Leaving Certificate Examination, 1909
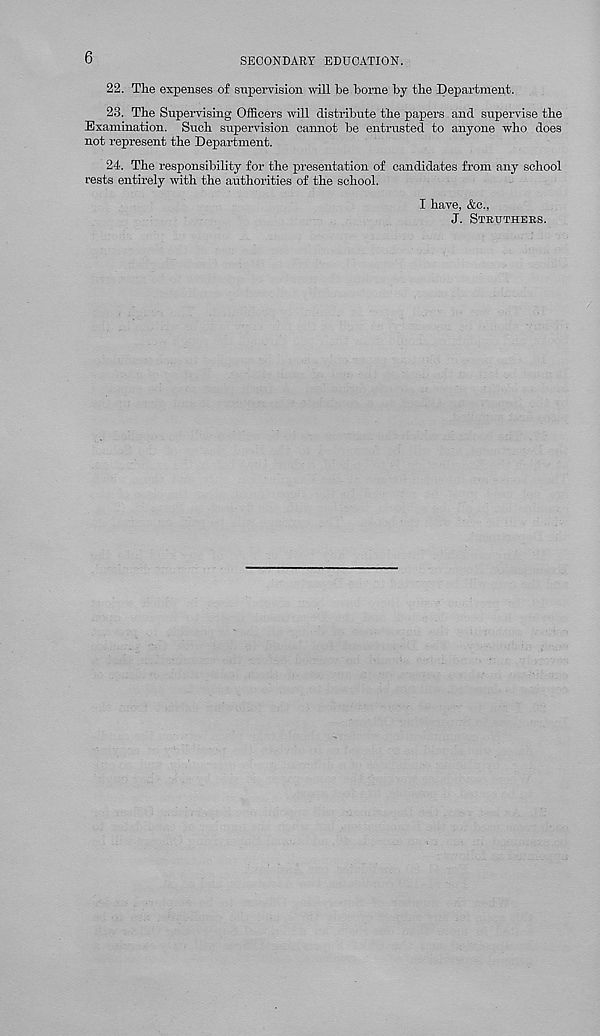
6
SECONDARY EDUCATION.
22. The expenses of supervision will be borne by the Department.
23. The Supervising Officers will distribute the papers and supervise the
Examination. Such supervision cannot be entrusted to anyone who does
not represent the Department.
24. The responsibility for the presentation of candidates from any school
rests entirely with the authorities of the school.
I have, &c.,
J. STRUTHERS.